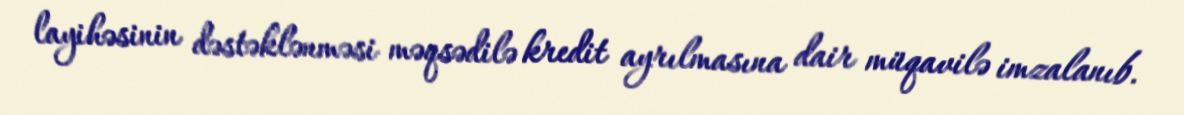
layihəsinin dəstəklənməsi məqsədilə kredit ayrılmasına dair müqavilə imzalanıb.